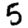
Digit: 5